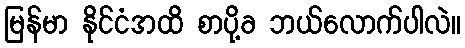
မြန်မာ နိုင်ငံအထိ စာပို့ခ ဘယ်လောက်ပါလဲ။